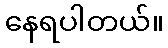
နေရပါတယ်။